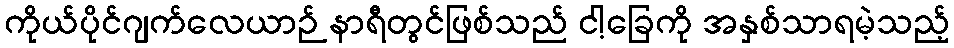
ကိုယ်ပိုင်ဂျက်လေယာဉ် နာရီတွင်ဖြစ်သည် ငါ့ခြေကို အနှစ်သာရမဲ့သည့်